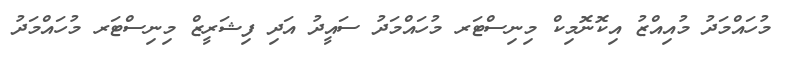
މުހައްމަދު މުއިއްޒު އިކޮނޮމިކް މިނިސްޓަރ މުހައްމަދު ސައީދު އަދި ފިޝަރީޒް މިނިސްޓަރ މުހައްމަދު